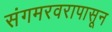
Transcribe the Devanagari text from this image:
संगमरवरापासून